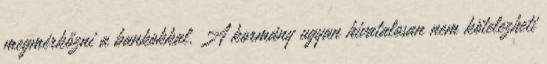
megmérkőzni a bankokkal. A kormány ugyan hivatalosan nem kötelezheti